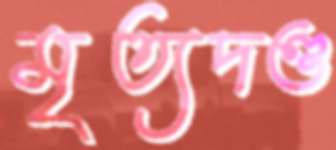
মৃত্যদণ্ড